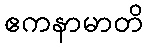
ဧကနာမာတိ